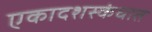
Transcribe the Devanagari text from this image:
एकादशस्‍कंधात